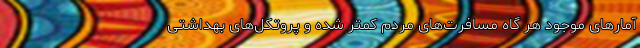
آمارهای موجود هر گاه مسافرت‌های مردم کمتر شده و پروتکل‌های بهداشتی